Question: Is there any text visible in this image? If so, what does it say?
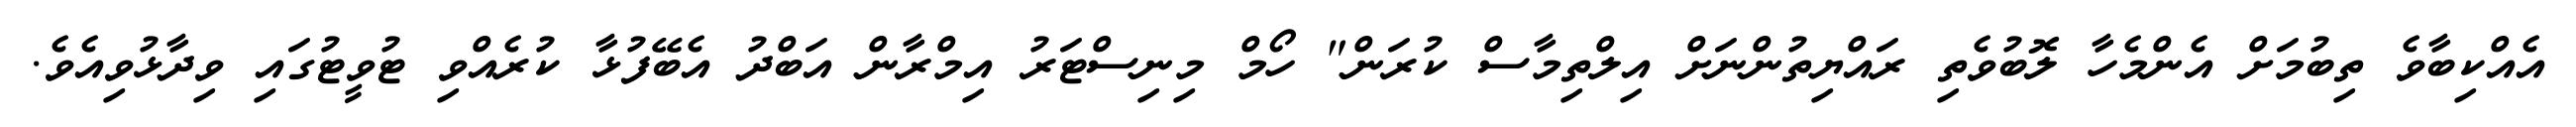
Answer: އެއްކިބާވެ ތިބުމަށް އެންމެހާ ލޮބުވެތި ރައްޔިތުންނަށް އިލްތިމާސް ކުރަން" ހޯމް މިނިސްޓަރު އިމްރާން އަބްދު އެބޭފުޅާ ކުރެއްވި ޓުވީޓުގައި ވިދާޅުވިއެވެ.